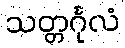
သတ္တင်္ဂုလံ